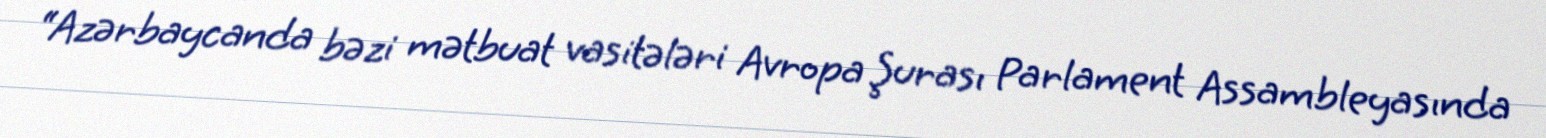
“Azərbaycanda bəzi mətbuat vasitələri Avropa Şurası Parlament Assambleyasında